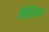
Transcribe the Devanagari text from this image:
विंडिश